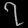
Digit: ၇